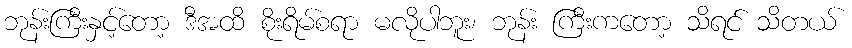
ဘုန်းကြီးနှင့်တော့ ဒီအထိ စိုးရိမ်စရာ မလိုပါဘူး၊ ဘုန်း ကြီးကတော့ သိရင် သိတယ်